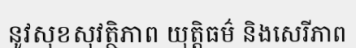
នូវសុខសុវត្ថិភាព យុត្តិធម៌ និងសេរីភាព